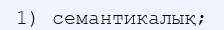
1) семантикалық;